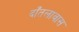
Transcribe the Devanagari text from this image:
दाँतलावास